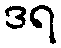
ဒရ